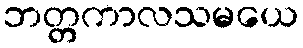
ဘတ္တကာလသမယေ